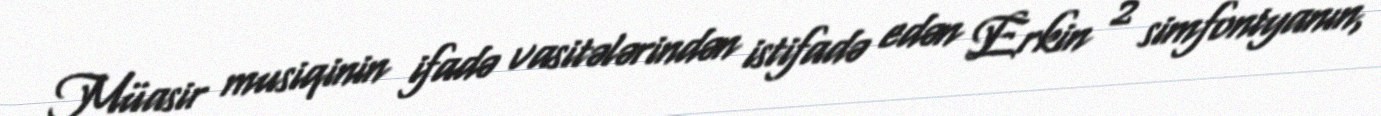
Müasir musiqinin ifadə vasitələrindən istifadə edən Erkin 2 simfoniyanın,